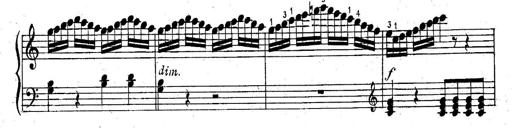
Title: 6 Easy Sonatinas
Composer: Carl Czerny